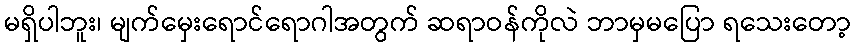
မရှိပါဘူး၊ မျက်မှေးရောင်ရောဂါအတွက် ဆရာဝန်ကိုလဲ ဘာမှမပြော ရသေးတော့